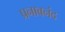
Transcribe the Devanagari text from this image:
प्रनाबनंद